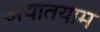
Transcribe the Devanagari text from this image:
अयातयाम